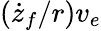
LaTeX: (\dot{z}_{f}/r)v_{e}